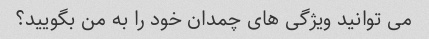
می توانید ویژگی های چمدان خود را به من بگویید؟